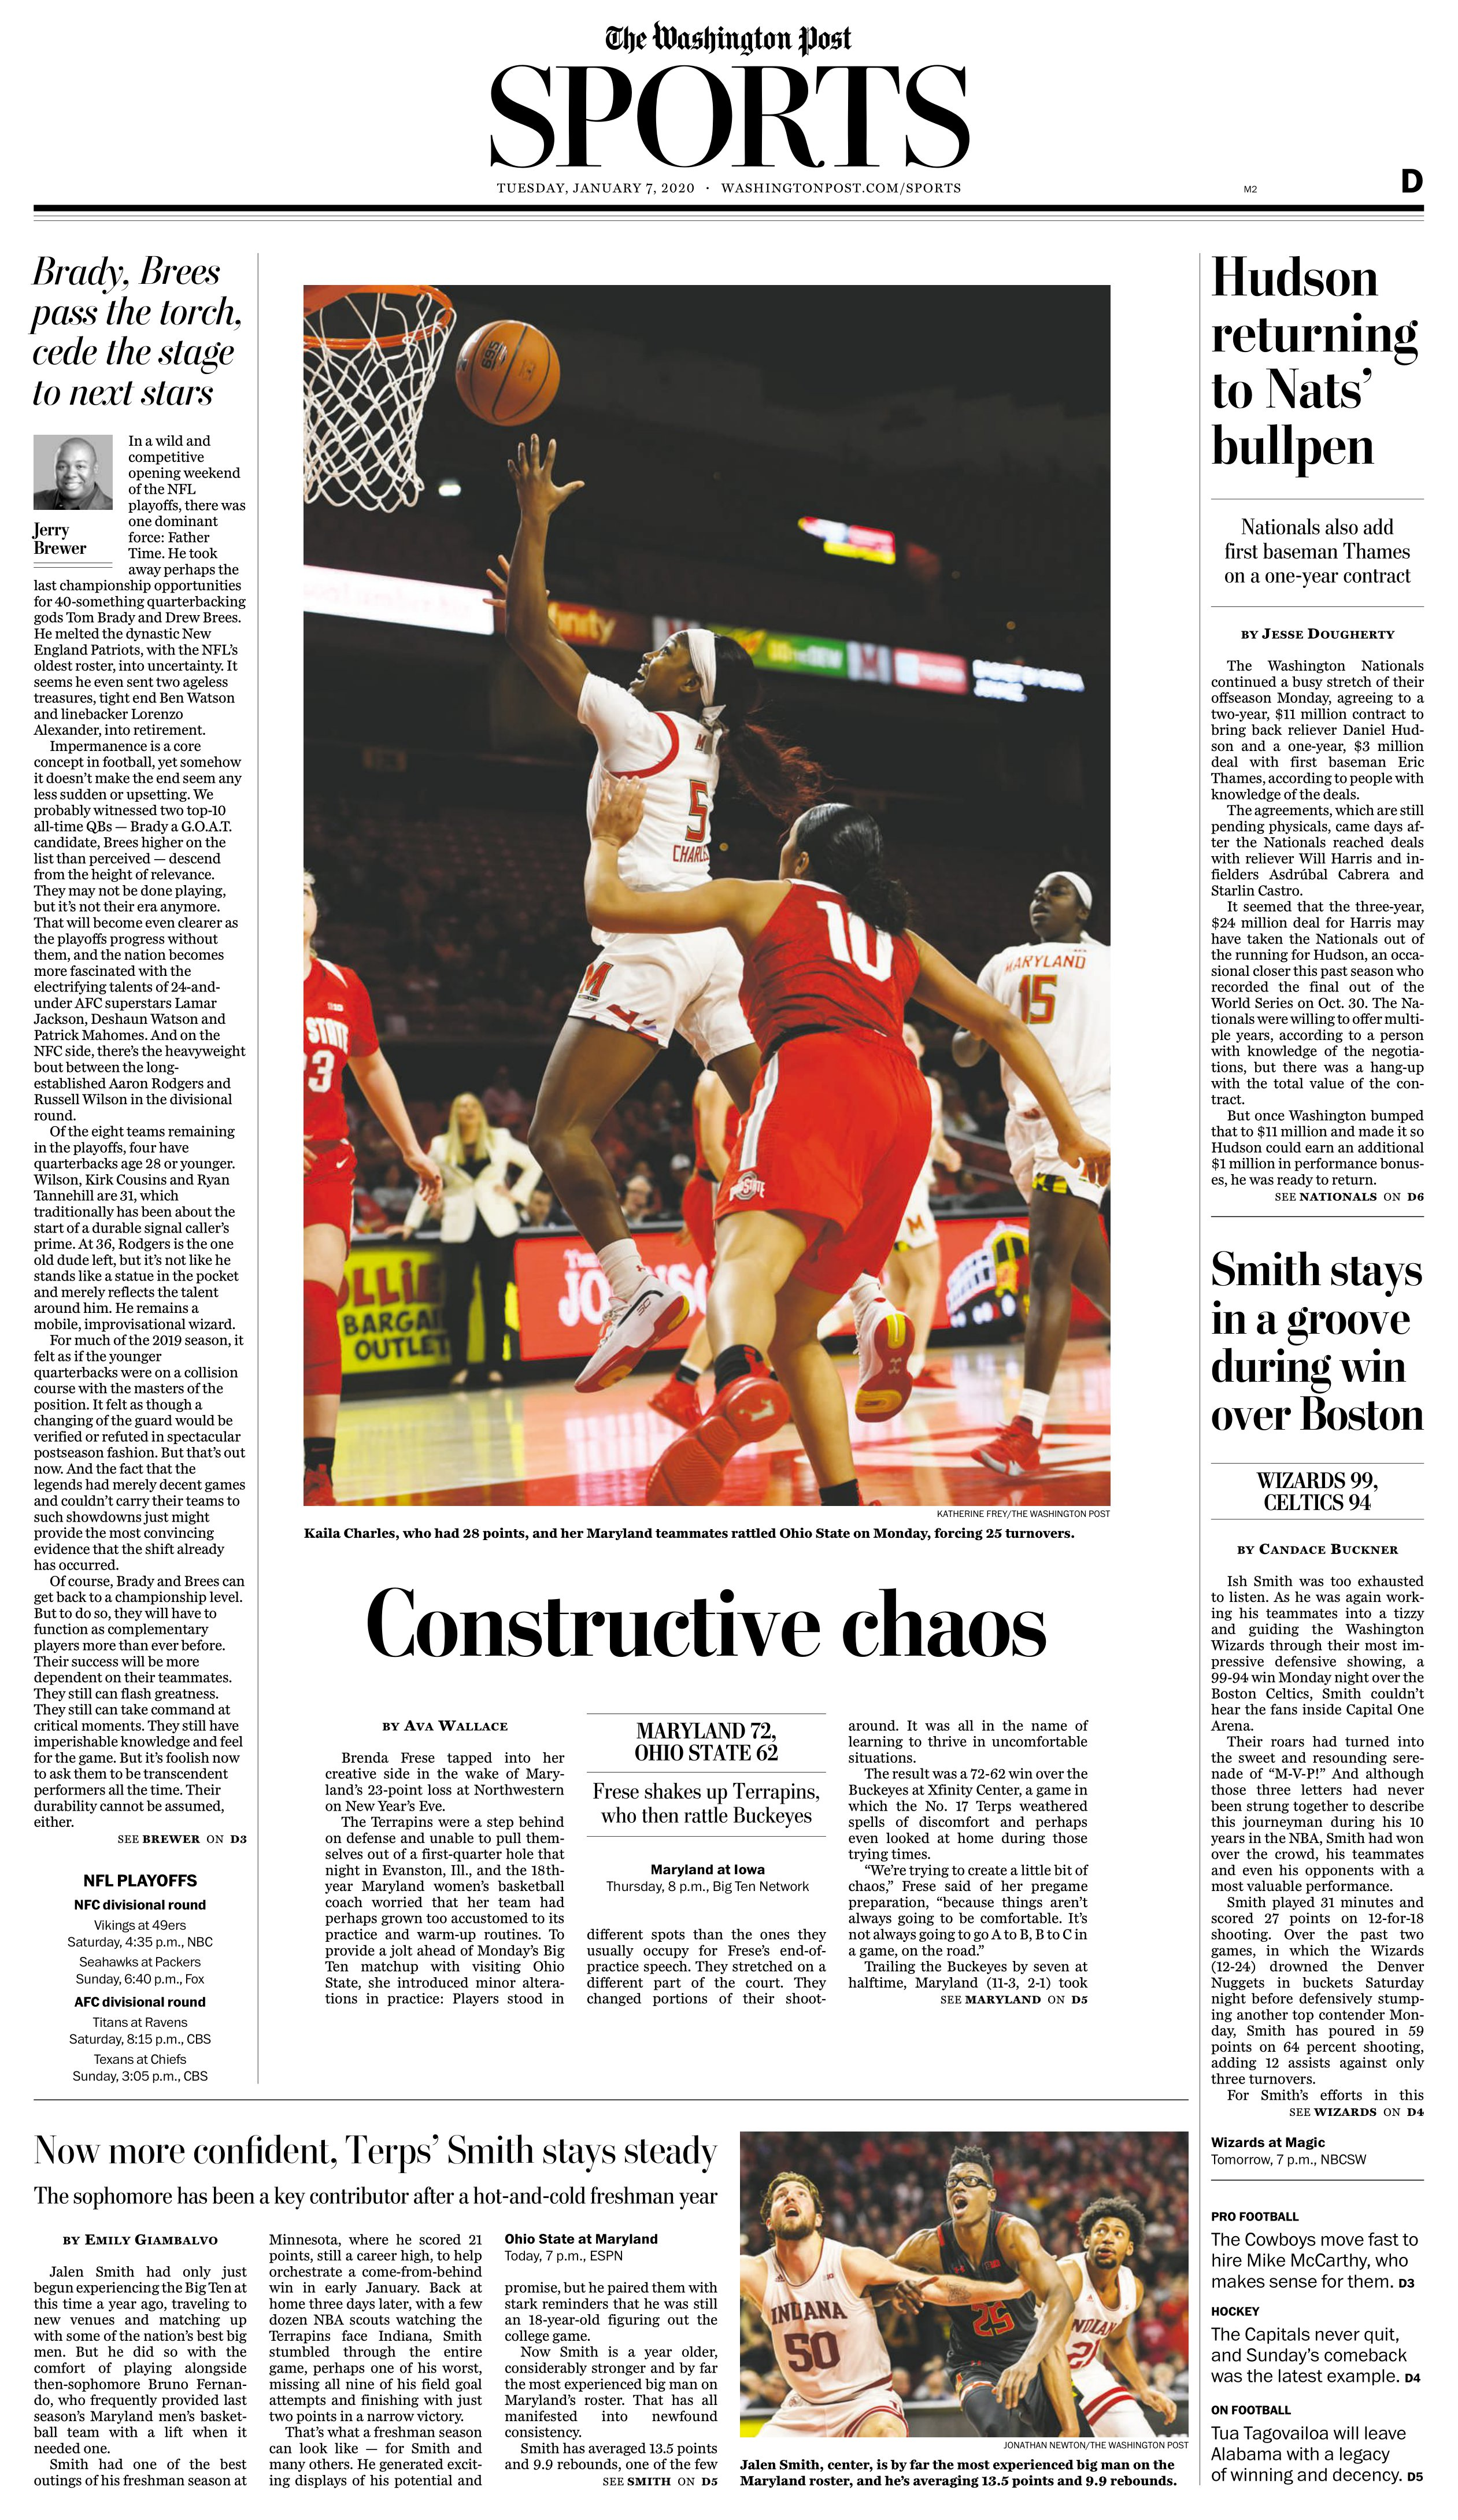
Language: en